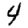
Digit: 4